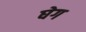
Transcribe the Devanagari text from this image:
घेग